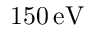
1 5 0 \, \mathrm { e V }